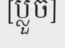
[ប្លួច]